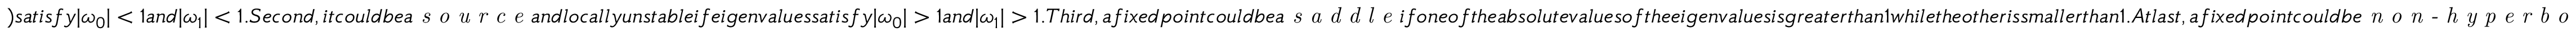
) s a t i s f y | \omega _ { 0 } | < 1 a n d | \omega _ { 1 } | < 1 . S e c o n d , i t c o u l d b e a \textit { s o u r c e } a n d l o c a l l y u n s t a b l e i f e i g e n v a l u e s s a t i s f y | \omega _ { 0 } | > 1 a n d | \omega _ { 1 } | > 1 . T h i r d , a f i x e d p o i n t c o u l d b e a \textit { s a d d l e } i f o n e o f t h e a b s o l u t e v a l u e s o f t h e e i g e n v a l u e s i s g r e a t e r t h a n 1 w h i l e t h e o t h e r i s s m a l l e r t h a n 1 . A t l a s t , a f i x e d p o i n t c o u l d b e \textit { n o n - h y p e r b o l i c } i f o n e o f t h e a b s o l u t e v a l u e s o f t h e e i g e n v a l u e s i s e q u a l t o 1 . T h e s t a b i l i t y o f a n o n - h y p e r b o l i c f i x e d p o i n t i s f r a g i l e